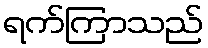
ရက်ကြာသည်